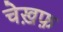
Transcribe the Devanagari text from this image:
चेख़फ़